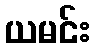
ယမင်း